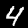
Digit: 4